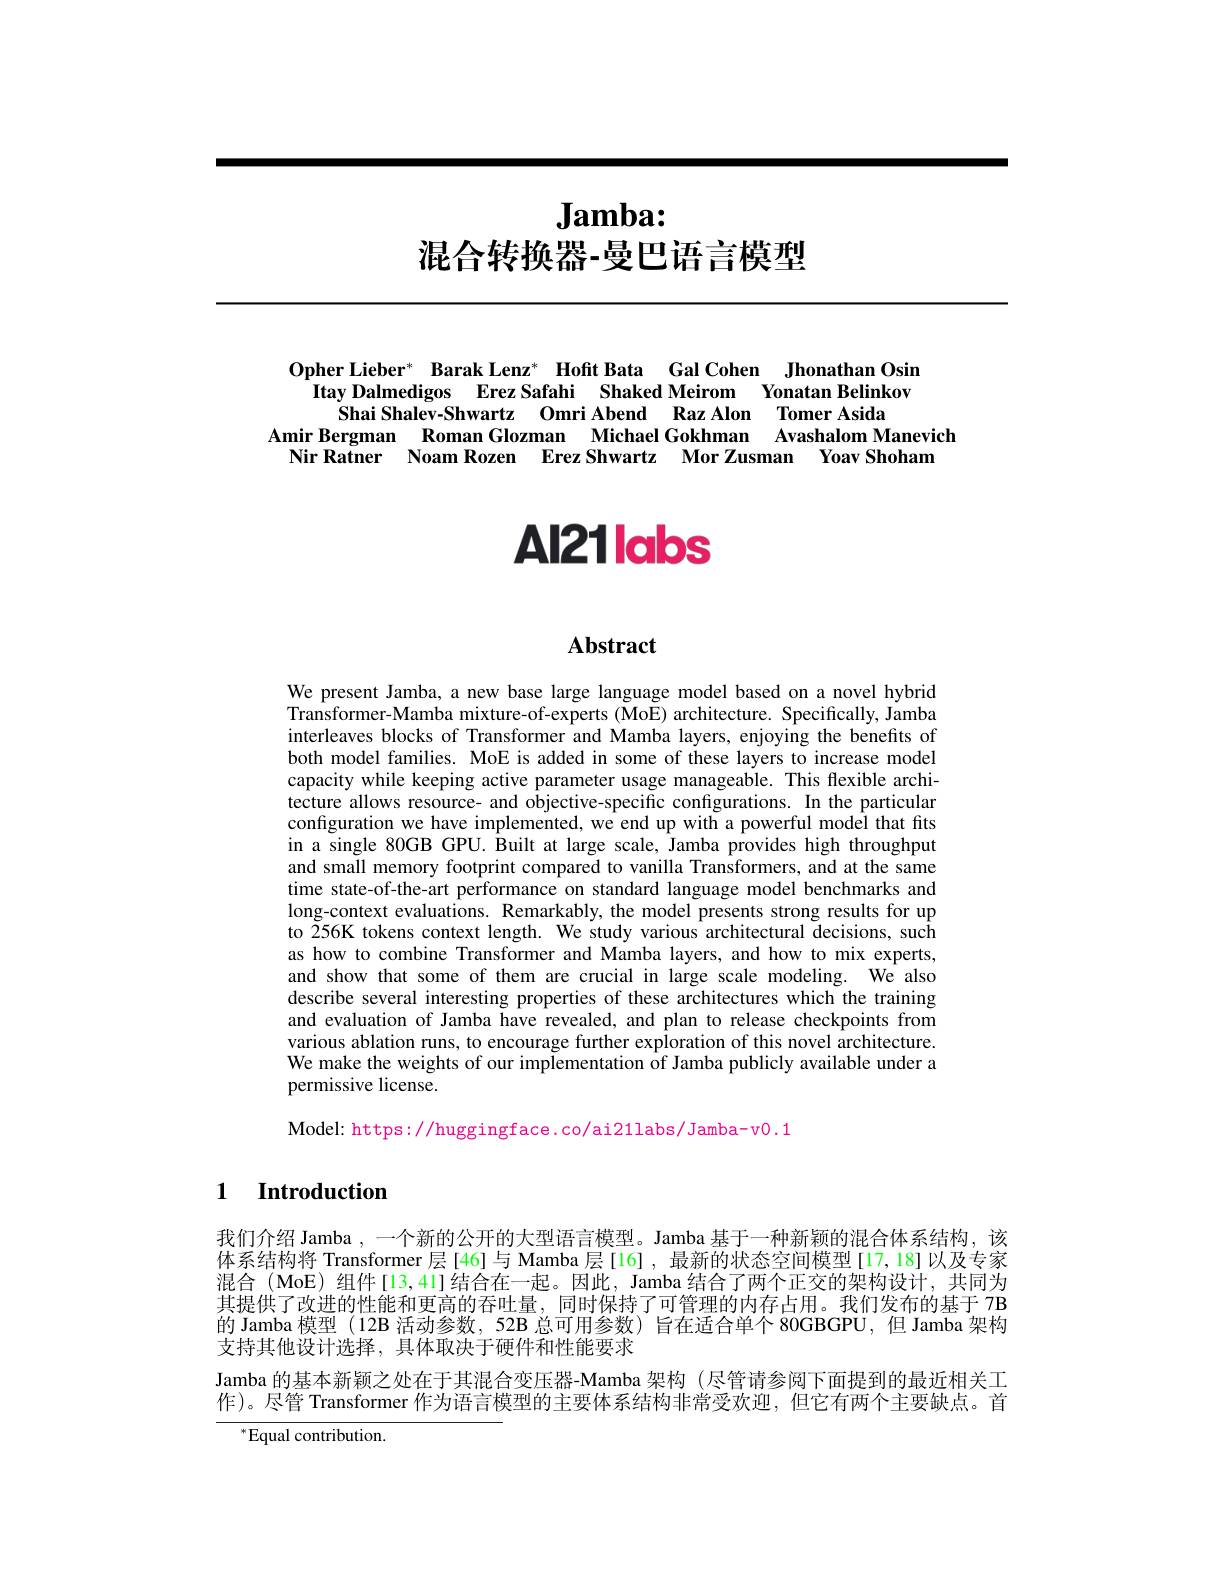
# $\textbf{Jamba: }$ 混合转换器-曼巴语言模型

Opher Lieber* Barak Lenz* Hofit Bata Gal Cohen Jhonathan Osin
Itay Dalmedigos Erez Safahi Shaked Meirom Yonatan Belinkov
Shai Shalev-Shwartz Omri Abend Raz Alon Tomer Asida
Amir Bergman Roman Glozman Michael Gokhman Avashalom Manevich
Nir Ratner Noam Rozen Erez Shwartz Mor Zusman Yoav Shoham

# AI21Iabs

## $\mathbf{Abstract}$

We present Jamba, a new base large language model based on a novel hybrid Transformer-Mamba mixture-of-experts (MoE) architecture. Specifically, Jamba interleaves blocks of Transformer and Mamba layers, enjoying the benefits of both model families. MoE is added in some of these layers to increase model capacity while keeping active parameter usage manageable. This flexible architecture allows resource- and objective-specific configurations. In the particular configuration we have implemented, we end up with a powerful model that fits in a single 80GB GPU. Built at large scale, Jamba provides high throughput and small memory footprint compared to vanilla Transformers, and at the same time state-of-the-art performance on standard language model benchmarks and long-context evaluations. Remarkably, the model presents strong results for up to 256K tokens context length. We study various architectural decisions, such as how to combine Transformer and Mamba layers, and how to mix experts, and show that some of them are crucial in large scale modeling. We also describe several interesting properties of these architectures which the training and evaluation of Jamba have revealed, and plan to release checkpoints from various ablation runs, to encourage further exploration of this novel architecture. We make the weights of our implementation $\hat{\text{of Jambapublicly available under a}}$ permissive license.

Model: https://huggingface.co/ai21labs/Jamba-v0.1

## 1 Introduction

我们介绍 Jamba ,一个新的公开的大型语言模型。Jamba 基于一种新颖的混合体系结构，该体系结构将 Transformer 层[46]与 Mamba 层[16] ,最新的状态空间模型[17,18]以及专家混合 (MoE) 组件[13,41]结合在一起。因此，Jamba 结合了两个正交的架构设计，共同为其提供了改进的性能和更高的吞吐量，同时保持了可管理的内存占用。我们发布的基于 7B 的 Jamba 模型 (12B 活动参数，52B 总可用参数) 旨在适合单个 80GBGPU,但 Jamba 架构支持其他设计选择，具体取决于硬件和性能要求
Jamba 的基本新颖之处在于其混合变压器-Mamba 架构 (尽管请参阅下面提到的最近相关工作)。尽管 Transformer 作为语言模型的主要体系结构非常受欢迎，但它有两个主要缺点。首
$^{*}$Equal contribution.